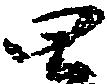
四